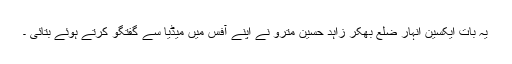
یہ بات ایکسین انہار ضلع بھکر زاہد حسین مترو نے اپنے آفس میں میڈیا سے گفتگو کرتے ہوئے بتائی ۔